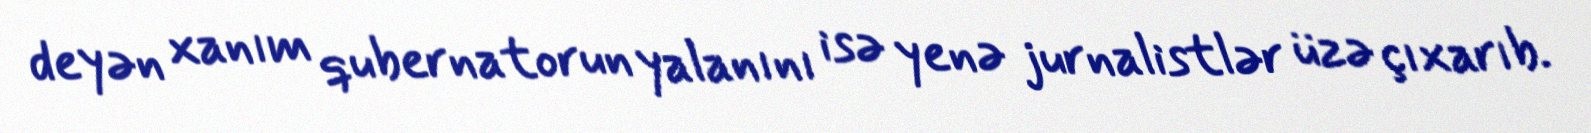
deyən xanım qubernatorun yalanını isə yenə jurnalistlər üzə çıxarıb.